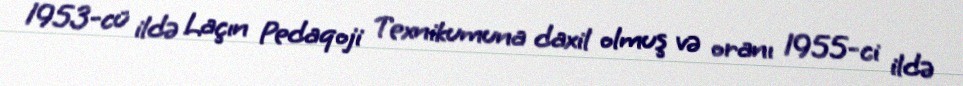
1953-cü ildə Laçın Pedaqoji Texnikumuna daxil olmuş və oranı 1955-ci ildə